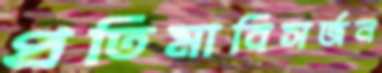
প্রতিমাবিসর্জন